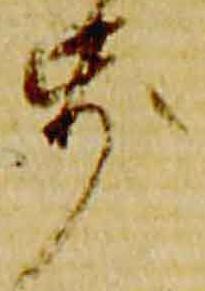
歩